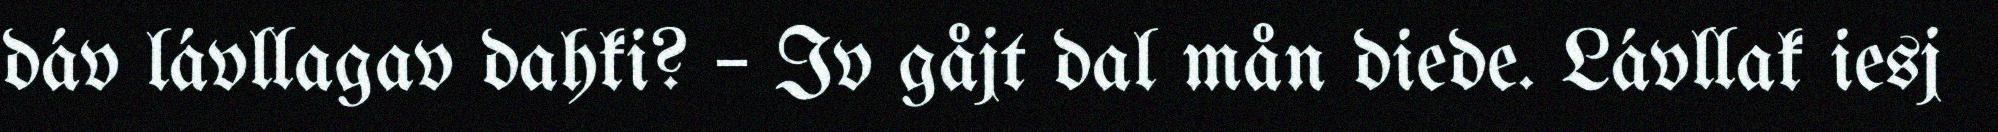
dáv lávllagav dahki? – Iv gåjt dal mån diede. Lávllak iesj